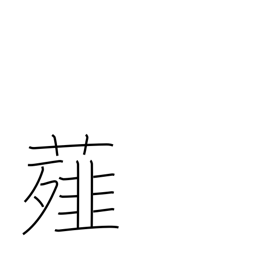
Meaning: scallion